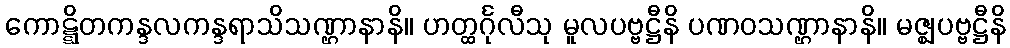
ကောဋ္ဋိတကန္ဒလကန္ဒရာသိသဏ္ဌာနာနိ။ ဟတ္ထင်္ဂုလီသု မူလပဗ္ဗဋ္ဌီနိ ပဏဝသဏ္ဌာနာနိ။ မဇ္ဈပဗ္ဗဋ္ဌီနိ